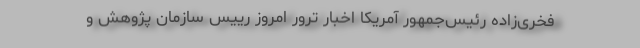
فخری‌زاده رئیس‌جمهور آمریکا اخبار ترور امروز رییس سازمان پژوهش و